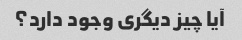
آیا چیز دیگری وجود دارد؟